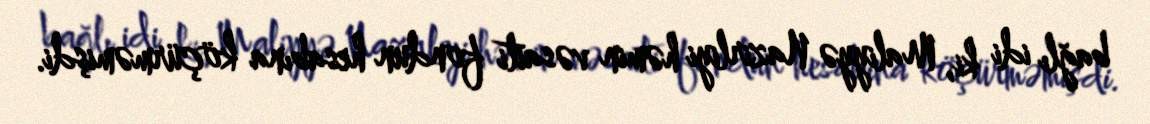
bağlı idi ki, Maliyyə Nazirliyi həmin vəsaiti fondun hesabına köçürməmişdi.